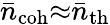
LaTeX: \bar{n}_{\mathrm{coh}}{\approx}\bar{n}_{\mathrm{th}}